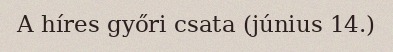
A híres győri csata (június 14.)